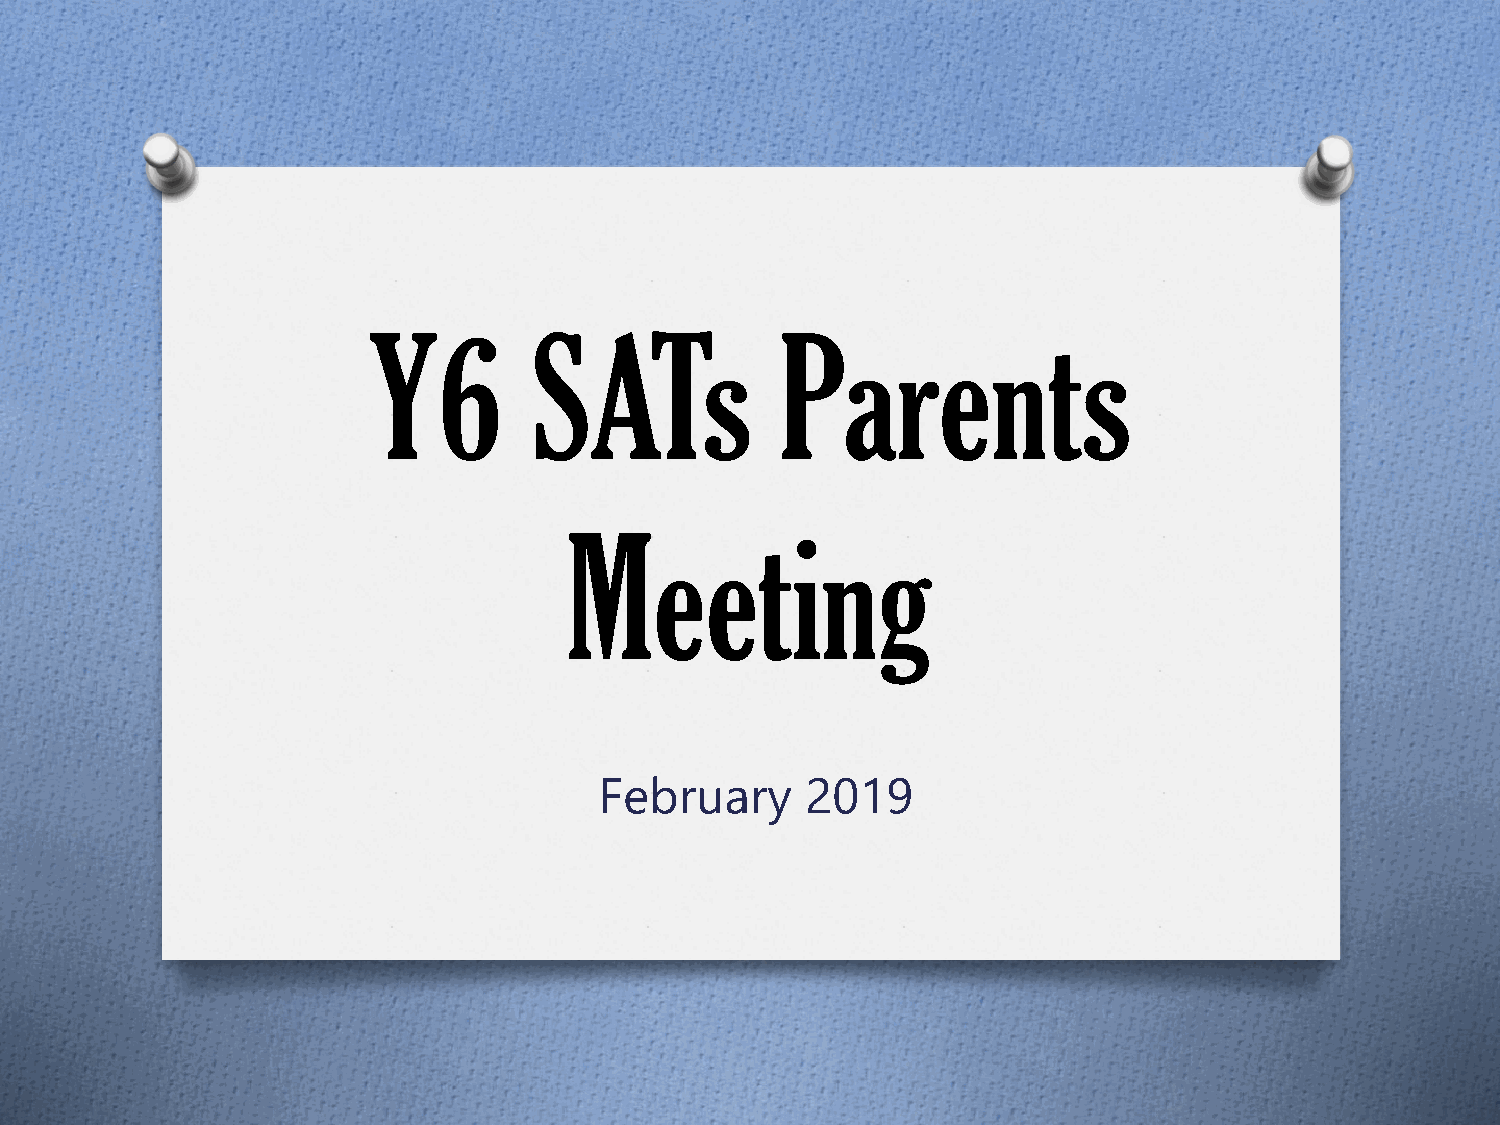
Y6         SATs             Parents
 Meeting
 February     2019